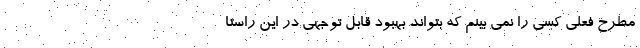
مطرح فعلی کسی را نمی بینم که بتواند بهبود قابل توجهی در این راستا